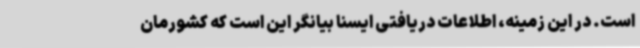
است. در این زمینه، اطلاعات دریافتی ایسنا بیانگر این است که کشورمان